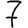
Digit: 7